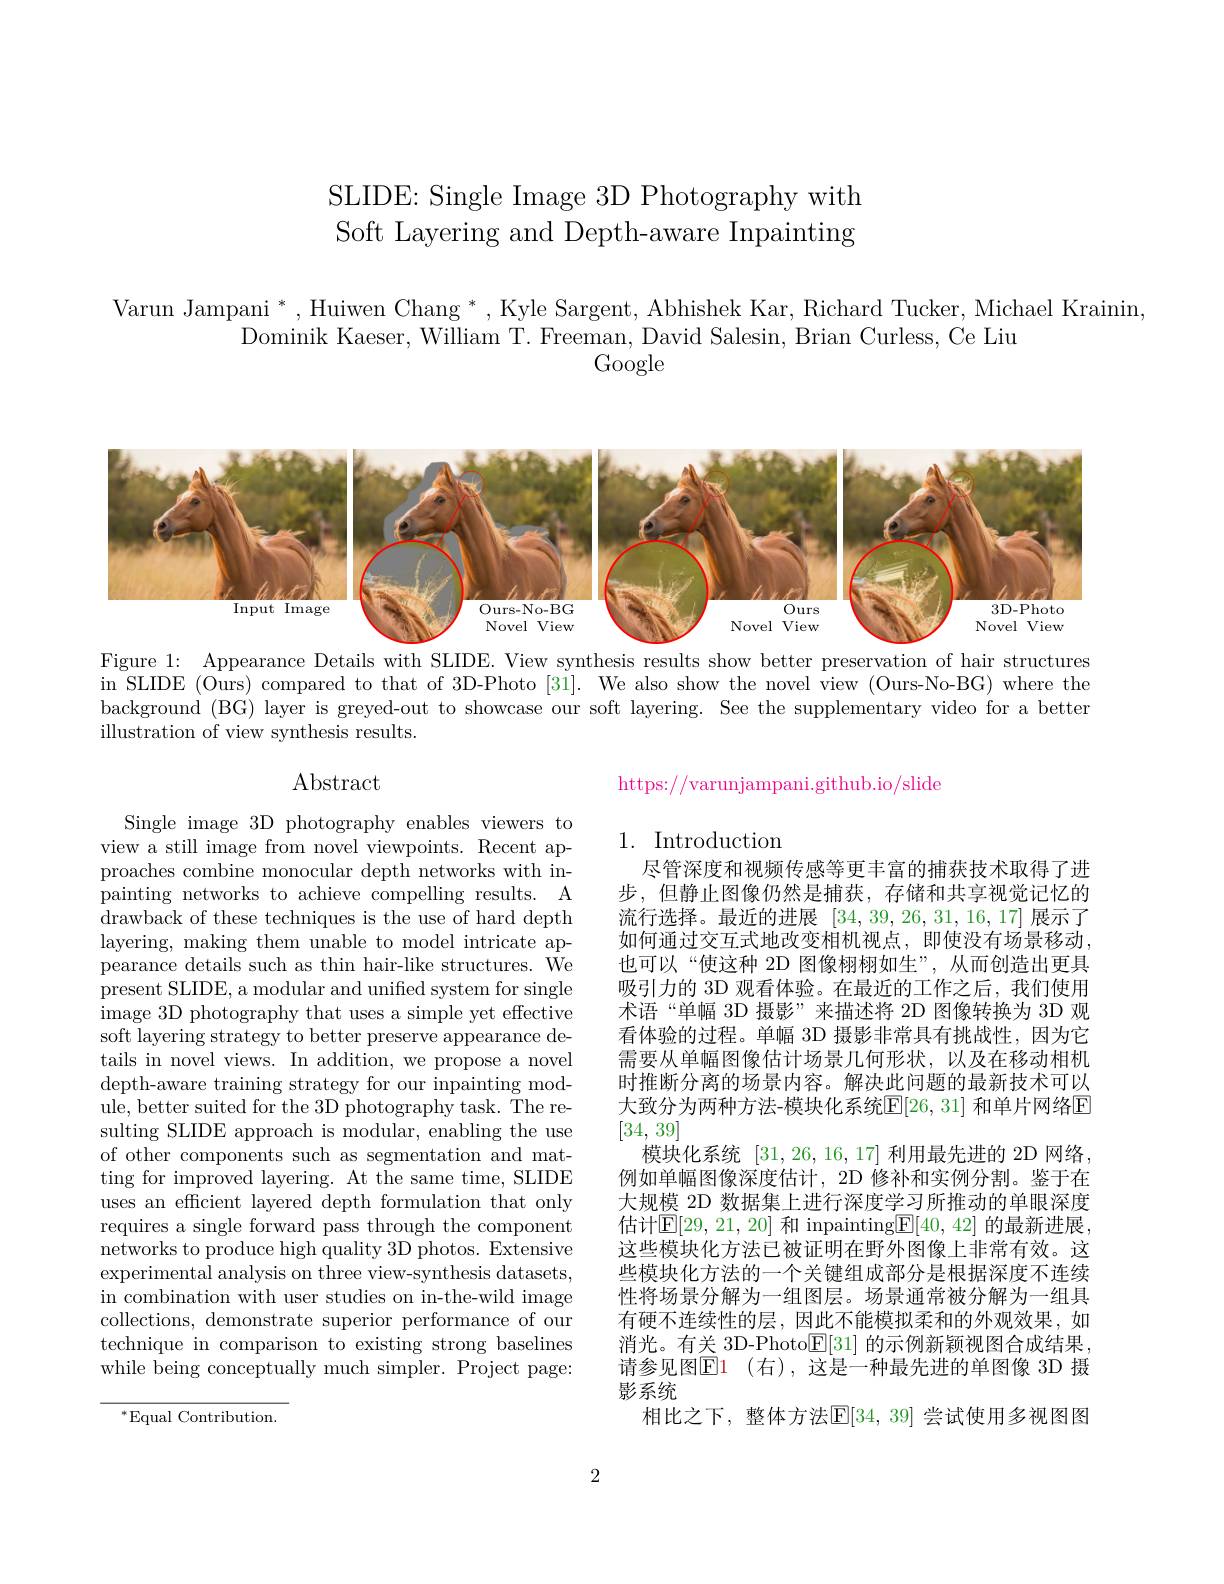
SLIDE: Single Image 3D Photography with Soft Layering and Depth-aware Inpainting

Varun Jampani *, Huiwen Chang *, Kyle Sargent, Abhishek Kar, Richard Tucker, Michael Krainin,
Dominik Kaeser, William T. Freeman, David Salesin, Brian Curless, Ce Liu
Google

<FigureHere>
Figure 1: Appearance Details with SLIDE. View synthesis results show better preservation of hair structures

in SLIDE (Ours) compared to that of 3D-Photo [31]. We also show the novel view (Ours-No-BG) where the background (BG) layer is greyed-out to showcase our soft layering. See the supplementary video for a better illustration of view synthesis results.

## Abstract

https://varunjampani.github.io/slide

## 1. Introduction

Single image 3D photography enables viewers to view a still image from novel viewpoints. Recent approaches combine monocular depth networks with inpainting networks to achieve compelling results. A drawback of these techniques is the use of hard depth layering, making them unable to model intricate appearance details such as thin hair-like structures. $\dot{\text{We}}$ present SLIDE, a modular and unified system for single image 3D photography that uses a simple yet effective soft layering strategy to better preserve appearance details in novel views. In addition, we propose a novel depth-aware training strategy for our inpainting module, better suited for the 3D photography task. The resulting SLIDE approach is modular, enabling the use of other components such as segmentation and matting for improved layering. At the same time, SLIDE uses an efficient layered depth formulation that only requires a single forward pass through the component networks to produce high quality 3D photos. Extensive experimental analysis on three view-synthesis datasets, in combination with user studies on in-the-wild image collections, demonstrate superior performance of our technique in comparison to existing strong baselines while being conceptually much simpler. Project page:

尽管深度和视频传感等更丰富的捕获技术取得了进步，但静止图像仍然是捕获，存储和共享视觉记忆的流行选择。最近的进展[34,39,26,31,16,17]展示了如何通过交互式地改变相机视点，即使没有场景移动， 也可以“使这种 2D 图像栩栩如生”,从而创造出更具吸引力的 3D 观看体验。在最近的工作之后，我们使用术语“单幅 3D 摄影”来描述将 2D 图像转换为 3D 观看体验的过程。单幅 3D 摄影非常具有挑战性，因为它需要从单幅图像估计场景几何形状，以及在移动相机时推断分离的场景内容。解决此问题的最新技术可以大致分为两种方法-模块化系统$\overline{\mathbb{E}}[26,31]$ 和单片网络$\overline{\mathbb{E}}$ [34,39]
模块化系统[31,26,16,17]利用最先进的 2D 网络， 例如单幅图像深度估计，2D 修补和实例分割。鉴于在大规模 2D 数据集上进行深度学习所推动的单眼深度估计$\mathbb{E}[29,21,20]$ 和 inpainting$\boxed{\mathbb{E}}[40,42]$ 的最新进展， 这些模块化方法已被证明在野外图像上非常有效。这些模块化方法的一个关键组成部分是根据深度不连续性将场景分解为一组图层。场景通常被分解为一组具有硬不连续性的层，因此不能模拟柔和的外观效果，如消光。有关 3D-Photo$\underline{\mathbb{E}}[31]$的示例新颖视图合成结果， 请参见图$\operatorname{E1}$ (右),这是一种最先进的单图像 3D 摄影系统
相比之下，整体方法$\mathbb{E}[34,39]$ 尝试使用多视图图

$^*$Equal Contribution.

2